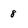
Character: 8